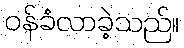
ဝန်ခံလာခဲ့သည်။